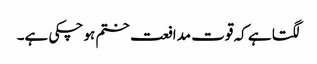
لگتا ہے کہ قوت مدافعت ختم ہو چکی ہے۔